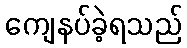
ကျေနပ်ခဲ့ရသည်